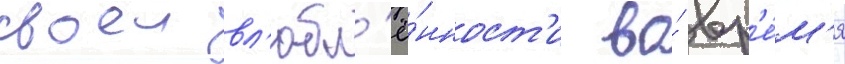
своеи вл'юбл'ё́нност'и во́ вр'е́м'я